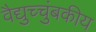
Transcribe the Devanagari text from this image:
वैद्युच्चुंबकीय